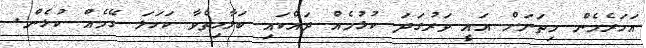
އަހަރެމެން މިތަނަށް އައީ ވަރުގަދަ ކުޅުމެއް ދައްކައި ބަލާހިތްވާ ކަހަލަ ގޭމެއް ކުޅެން.